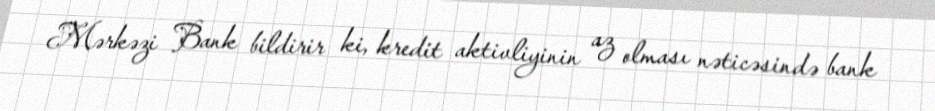
Mərkəzi Bank bildirir ki, kredit aktivliyinin az olması nəticəsində bank